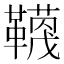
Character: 𮧬